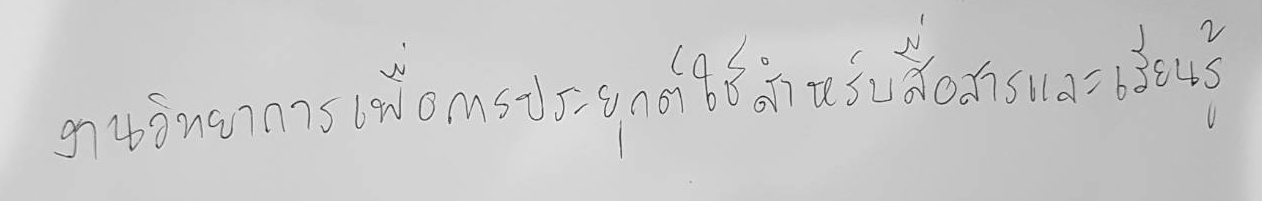
งานวิทยาการเพื่อการประยุกต์ใช้สำหรับสื่อสารและเรียนรู้